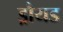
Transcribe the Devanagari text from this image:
ड्रौयड